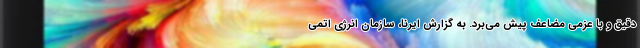
دقیق و با عزمی مضاعف پیش می‌برد. به گزارش ایرنا، سازمان انرژی اتمی